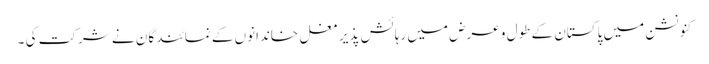
کنونشن میں پاکستان کے طول و عرض میں رہائش پذیر مغل خاندانوں کے نمائندگان نے شرکت کی ۔